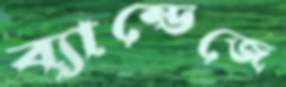
ব্যান্ডেজে